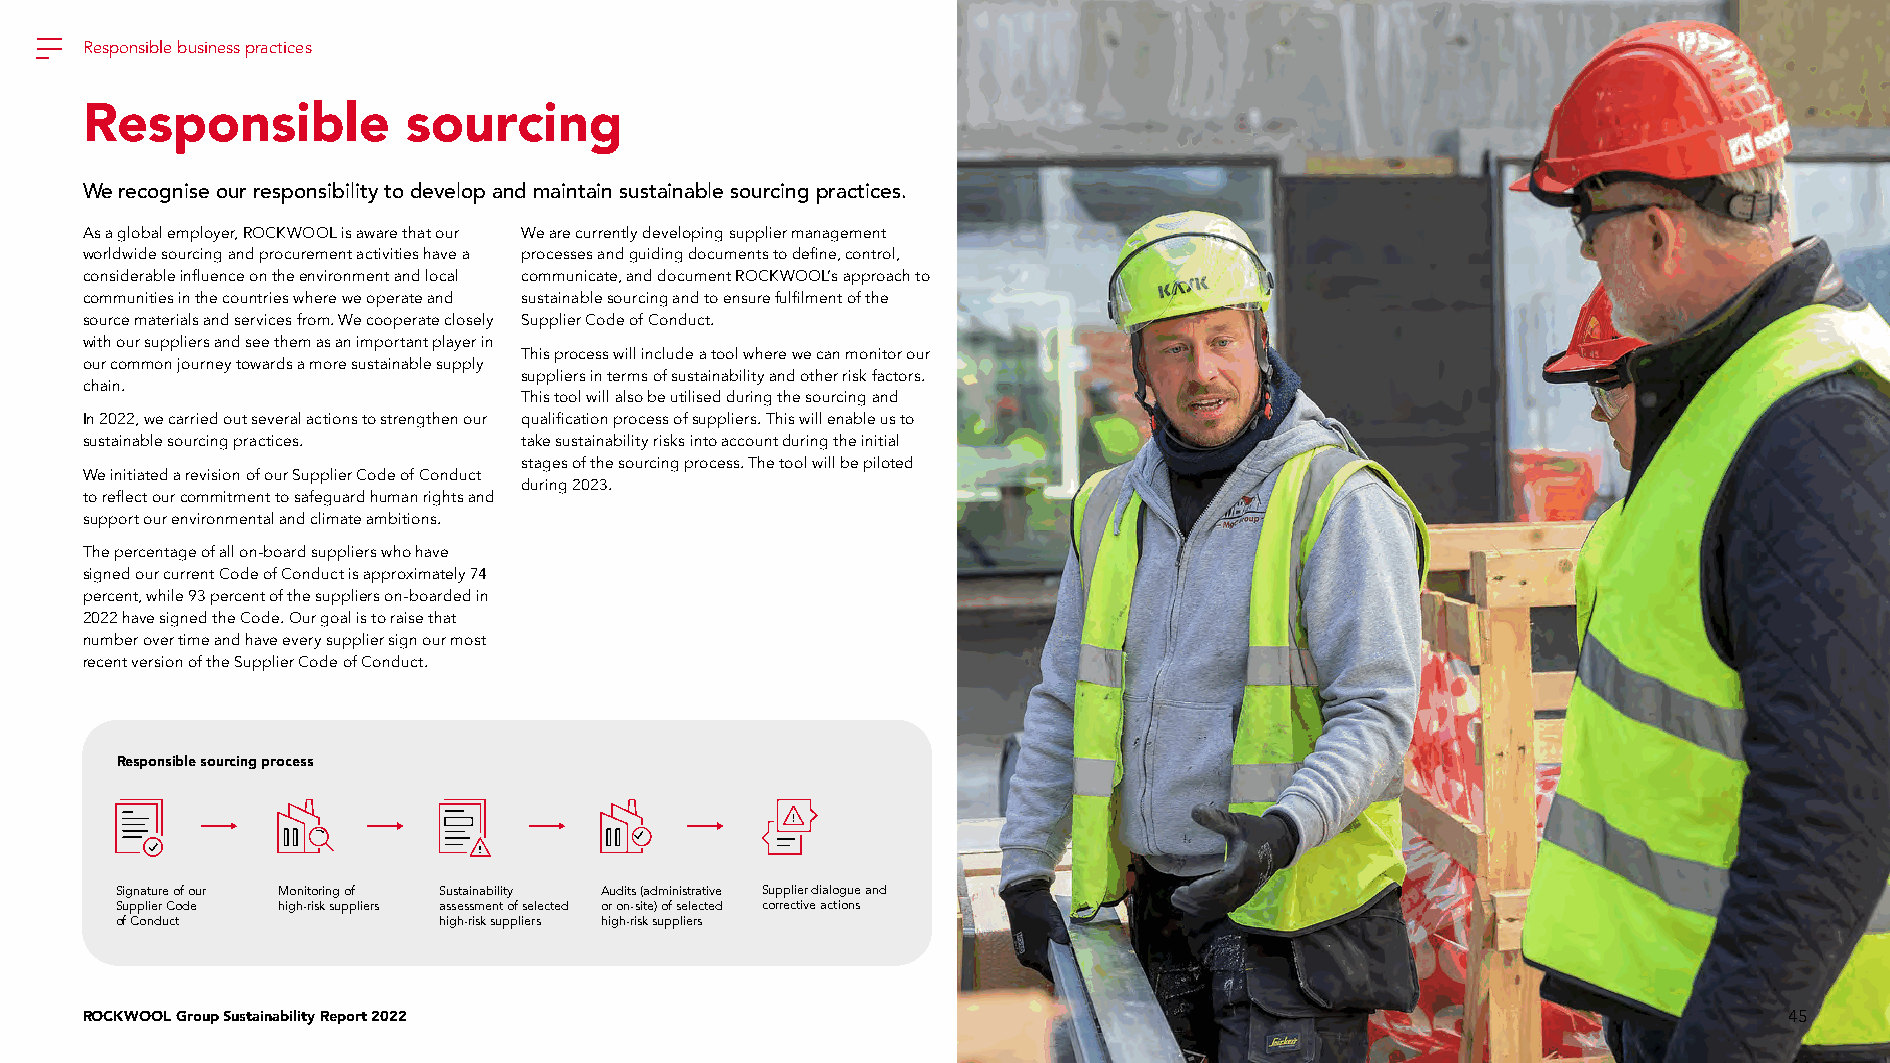
Responsible business practices
 Responsible           sourcing
 We recognise our responsibility to develop and maintain sustainable sourcing practices.
 As a global employer, ROCKWOOL is aware that our We are currently developing supplier management
 worldwide sourcing and procurement activities have a processes and guiding documents to define, control,
 considerable influence on the environment and local communicate, and document ROCKWOOL’s approach to
 communities in the countries where we operate and sustainable sourcing and to ensure fulfilment of the
 source materials and services from. We cooperate closely Supplier Code of Conduct.
 with our suppliers and see them as an important player in
 This process will include a tool where we can monitor our
 our common journey towards a more sustainable supply
 suppliers in terms of sustainability and other risk factors.
 chain.
 This tool will also be utilised during the sourcing and
 In 2022, we carried out several actions to strengthen our qualification process of suppliers. This will enable us to
 sustainable sourcing practices. take sustainability risks into account during the initial
 stages of the sourcing process. The tool will be piloted
 We initiated a revision of our Supplier Code of Conduct
 during 2023.
 to reflect our commitment to safeguard human rights and
 support our environmental and climate ambitions.
 The percentage of all on-board suppliers who have
 signed our current Code of Conduct is approximately 74
 percent, while 93 percent of the suppliers on-boarded in
 2022 have signed the Code. Our goal is to raise that
 number over time and have every supplier sign our most
 recent version of the Supplier Code of Conduct.
 Responsible sourcing process
 Signature of our Monitoring of Sustainability Audits (administrative Supplier dialogue and
 Supplier Code high-risk suppliers assessment of selected or on-site) of selected corrective actions
 of Conduct           high-risk suppliers high-risk suppliers
 ROCKWOOL Group Sustainability Report 2022                                                                        45